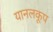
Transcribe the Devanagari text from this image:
यानलकूप